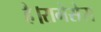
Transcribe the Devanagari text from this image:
है।रामेसेस